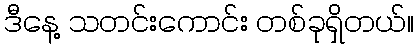
ဒီနေ့ သတင်းကောင်း တစ်ခုရှိတယ်။